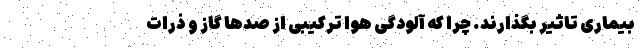
بیماری تاثیر بگذارند. چرا که آلودگی هوا ترکیبی از صدها گاز و ذرات